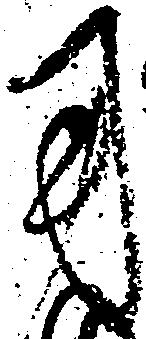
用